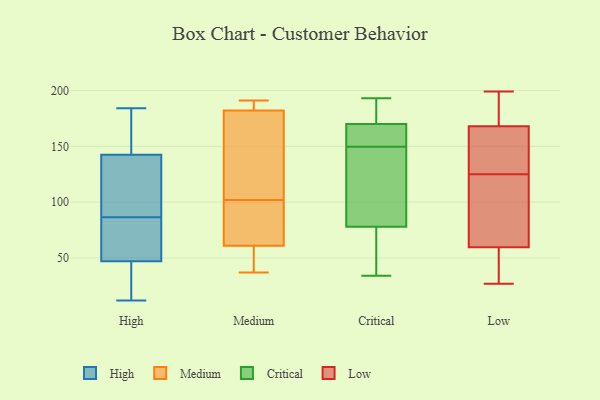
{"axis": {"x": "Tickets Resolved", "y": "Value"}, "legend": ["Critical", "High", "Low", "Medium"], "data": [{"x": "", "y": 46, "type": "High"}, {"x": "", "y": 12, "type": "High"}, {"x": "", "y": 166, "type": "High"}, {"x": "", "y": 83, "type": "High"}, {"x": "", "y": 41, "type": "High"}, {"x": "", "y": 64, "type": "High"}, {"x": "", "y": 93, "type": "High"}, {"x": "", "y": 39, "type": "High"}, {"x": "", "y": 184, "type": "High"}, {"x": "", "y": 55, "type": "High"}, {"x": "", "y": 166, "type": "High"}, {"x": "", "y": 90, "type": "High"}, {"x": "", "y": 114, "type": "High"}, {"x": "", "y": 66, "type": "High"}, {"x": "", "y": 146, "type": "High"}, {"x": "", "y": 139, "type": "High"}, {"x": "", "y": 29, "type": "High"}, {"x": "", "y": 48, "type": "High"}, {"x": "", "y": 162, "type": "High"}, {"x": "", "y": 97, "type": "High"}, {"x": "", "y": 102, "type": "Medium"}, {"x": "", "y": 185, "type": "Medium"}, {"x": "", "y": 57, "type": "Medium"}, {"x": "", "y": 45, "type": "Medium"}, {"x": "", "y": 74, "type": "Medium"}, {"x": "", "y": 142, "type": "Medium"}, {"x": "", "y": 85, "type": "Medium"}, {"x": "", "y": 124, "type": "Medium"}, {"x": "", "y": 189, "type": "Medium"}, {"x": "", "y": 102, "type": "Medium"}, {"x": "", "y": 182, "type": "Medium"}, {"x": "", "y": 74, "type": "Medium"}, {"x": "", "y": 171, "type": "Medium"}, {"x": "", "y": 61, "type": "Medium"}, {"x": "", "y": 48, "type": "Medium"}, {"x": "", "y": 183, "type": "Medium"}, {"x": "", "y": 191, "type": "Medium"}, {"x": "", "y": 37, "type": "Medium"}, {"x": "", "y": 147, "type": "Critical"}, {"x": "", "y": 184, "type": "Critical"}, {"x": "", "y": 153, "type": "Critical"}, {"x": "", "y": 181, "type": "Critical"}, {"x": "", "y": 43, "type": "Critical"}, {"x": "", "y": 156, "type": "Critical"}, {"x": "", "y": 34, "type": "Critical"}, {"x": "", "y": 97, "type": "Critical"}, {"x": "", "y": 78, "type": "Critical"}, {"x": "", "y": 192, "type": "Critical"}, {"x": "", "y": 61, "type": "Critical"}, {"x": "", "y": 80, "type": "Critical"}, {"x": "", "y": 152, "type": "Critical"}, {"x": "", "y": 170, "type": "Critical"}, {"x": "", "y": 161, "type": "Critical"}, {"x": "", "y": 57, "type": "Critical"}, {"x": "", "y": 193, "type": "Critical"}, {"x": "", "y": 97, "type": "Critical"}, {"x": "", "y": 61, "type": "Low"}, {"x": "", "y": 55, "type": "Low"}, {"x": "", "y": 165, "type": "Low"}, {"x": "", "y": 85, "type": "Low"}, {"x": "", "y": 129, "type": "Low"}, {"x": "", "y": 33, "type": "Low"}, {"x": "", "y": 158, "type": "Low"}, {"x": "", "y": 142, "type": "Low"}, {"x": "", "y": 37, "type": "Low"}, {"x": "", "y": 199, "type": "Low"}, {"x": "", "y": 194, "type": "Low"}, {"x": "", "y": 100, "type": "Low"}, {"x": "", "y": 125, "type": "Low"}, {"x": "", "y": 199, "type": "Low"}, {"x": "", "y": 177, "type": "Low"}, {"x": "", "y": 27, "type": "Low"}, {"x": "", "y": 118, "type": "Low"}]}